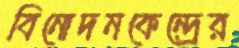
বিনোদনকেন্দ্রের